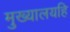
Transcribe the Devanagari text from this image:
मुख्यालयहि